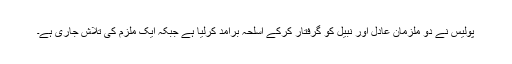
پولیس نے دو ملزمان عادل اور نبیل کو گرفتار کرکے اسلحہ برآمد کرلیا ہے جبکہ ایک ملزم کی تلاش جاری ہے۔